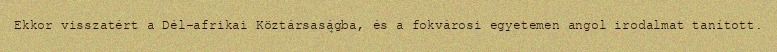
Ekkor visszatért a Dél-afrikai Köztársaságba, és a fokvárosi egyetemen angol irodalmat tanított.